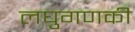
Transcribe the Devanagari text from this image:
लघुगणकी